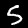
Digit: 5